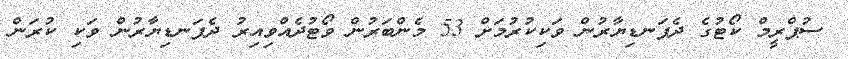
ސުޕްރީމް ކޯޓުގެ ދެފަނޑިޔާރުން ވަކިކުރުމަށް 53 މެންބަރުން ވޯޓުދެއްވިއިރު ދެފަނޑިޔާރުން ވަކި ކުރަން